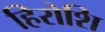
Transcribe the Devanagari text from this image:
हिरोशि